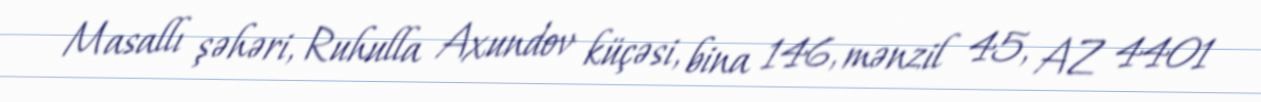
Masallı şəhəri, Ruhulla Axundov küçəsi, bina 146, mənzil 45, AZ 4401